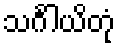
သင်္ဂါယိတုံ